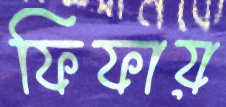
ফিফায়